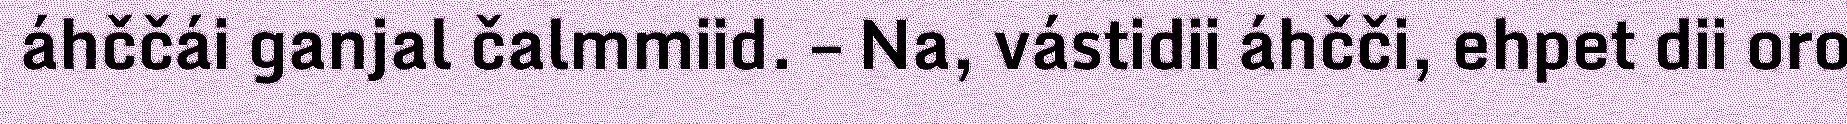
áhččái ganjal čalmmiid. – Na, vástidii áhčči, ehpet dii oro